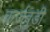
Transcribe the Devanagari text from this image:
कर्जबुडी